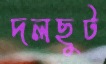
দলছুট